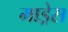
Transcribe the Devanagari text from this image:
माड्रेस